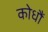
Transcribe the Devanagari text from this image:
कोधौं